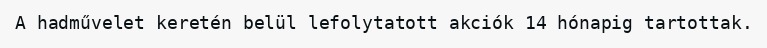
A hadművelet keretén belül lefolytatott akciók 14 hónapig tartottak.